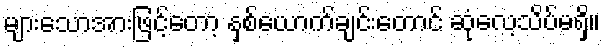
များသောအားဖြင့်တော့ နှစ်ယောက်ချင်းတောင် ဆုံလေ့သိပ်မရှိ။